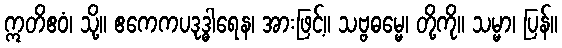
ဣတိဧဝံ၊ သို့။ ဧကေကပဒုဒ္ဓါရေန၊ အားဖြင့်။ သဗ္ဗဓမ္မေ၊ တို့ကို။ သမ္မာ၊ ပြန်။